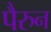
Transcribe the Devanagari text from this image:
पैरुन